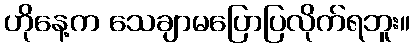
ဟိုနေ့က သေချာမပြောပြလိုက်ရဘူး။